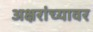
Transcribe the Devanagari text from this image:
अक्षरांच्यावर